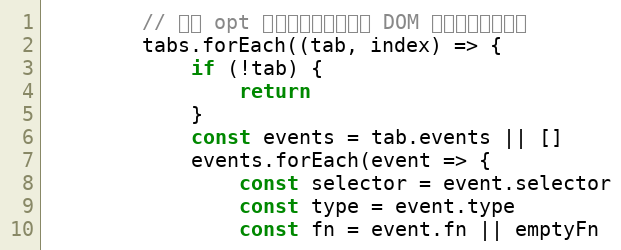
Language: JavaScript
        // 绑定 opt 的事件，只有添加到 DOM 之后才能绑定成功
        tabs.forEach((tab, index) => {
            if (!tab) {
                return
            }
            const events = tab.events || []
            events.forEach(event => {
                const selector = event.selector
                const type = event.type
                const fn = event.fn || emptyFn